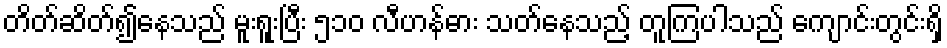
တိတ်ဆိတ်၍နေသည် မူးရူးပြီး ၅၁၀ လီဟန်ဓား သတ်နေသည့် တူကြပါသည် ကျောင်းတွင်းရှိ